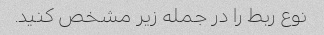
نوع ربط را در جمله زیر مشخص کنید.